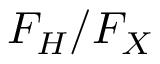
F _ { H } / F _ { X }